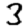
Digit: 3